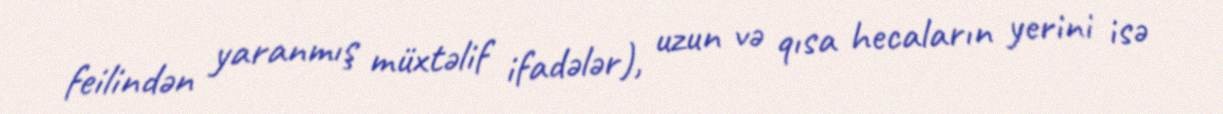
feilindən yaranmış müxtəlif ifadələr), uzun və qısa hecaların yerini isə